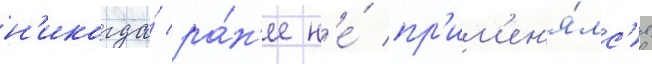
н'икогда́ ра́н'ее н'е́ пр'им'ен'я́лс'я